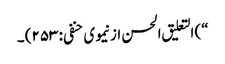
“) التعلیق الحسن از نیموی حنفی: ۲۵۳) ۔